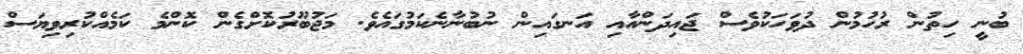
ބުނީ ހިތުން ރުހުމުން ދުވަހަކުވެސް ޖައިދަންއާއި އަނގައިން ނުބުނާނެކަމުގައެވެ. މަޖުބޫރުކޮށްގެން ކޮންމެ ކަމެއްކުރިވިޔަސް